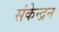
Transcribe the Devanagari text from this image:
संकेन्द्रन